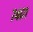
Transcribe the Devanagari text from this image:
७४०१